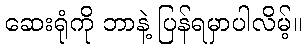
ဆေးရုံကို ဘာနဲ့ ပြန်ရမှာပါလိမ့်။